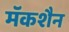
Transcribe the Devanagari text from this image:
मॅकशैन